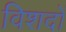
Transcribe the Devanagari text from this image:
विशदों